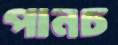
পানচ